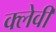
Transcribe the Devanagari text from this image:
क्लेवी